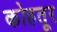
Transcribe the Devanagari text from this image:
कोहतूर